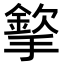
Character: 𢵡